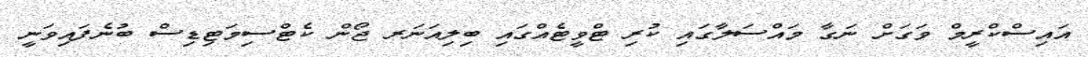
އައިސްކްރީމް ވަގަށް ނަގާ މައްސަލާގައި ކުރި ޓްވީޓެއްގައި ބިލިއަނަރ ޖޯން ކެޓްސިމަޓިޑިސް ބުނެފައިވަނީ